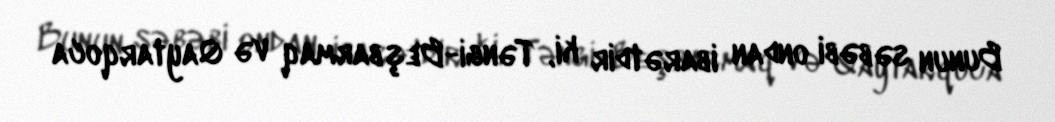
Bunun səbəbi ondan ibarətdir ki, Təngi-Beşbarmaq və Qaytarqoca